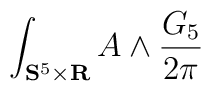
\int_{\mathbf{S}^{5}\times \mathbf{R}}A\wedge \frac{G_{5}}{2\pi }